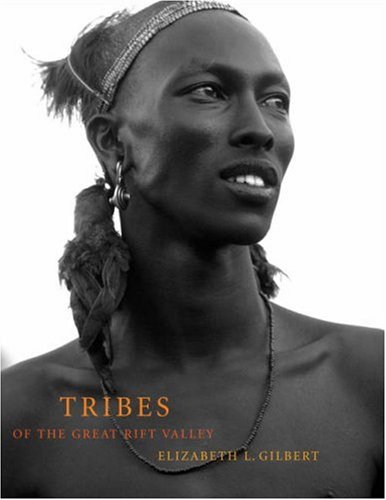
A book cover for Tribes of the Great Rift Valley; History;